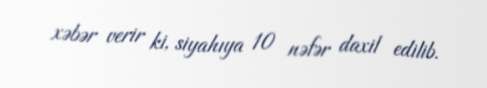
xəbər verir ki, siyahıya 10 nəfər daxil edilib.